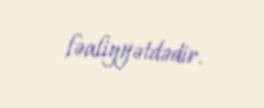
fəaliyyətdədir.